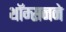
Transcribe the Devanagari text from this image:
थॉम्सनने